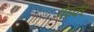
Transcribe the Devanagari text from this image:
वेइकी